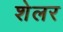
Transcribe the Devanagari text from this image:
शेलर